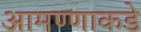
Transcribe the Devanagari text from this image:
आमण्णाकडे